King Institute of Preventive Medicine Bacteriolog. Section reports 1907-08
Year: 1907
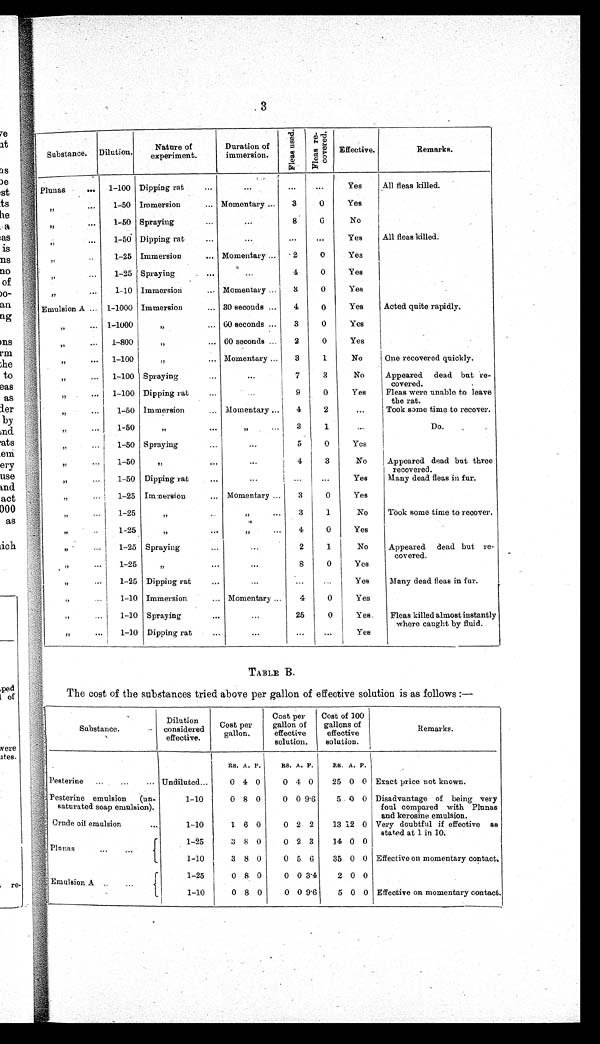
3
Substance. Dilution.
Nature of
exper i ment .
Duration of
immersion.
F l e a e u s e d . F l e a s r e c o v e r e d .
Effective.
Remarks.
Plunas
... 1-100 Dipping rat
...
. . . . . .
...
Yes All fleas killed.
,, ... 1-50 Immersion
... Momentary ... 3
0
Yes
,,
.
.. 1-50 Spraying
...
...
8
6
No
,, ...
1-50 Dipping rat
...
... ...
...
Yes All fleas killed.
,,
..
.
1-25
Immersion
... Momentary ... 2
0
Yes
„
... 1-25 Spraying
...
...
4
0
Yes
,,
... 1-10
Immersion
... Momentary ...
3
0
Yes
Emulsion A ... 1-1000 Immersion
... 30 seconds ... 4
0
Yes Acted quite rapidly.
,, ... 1-1000
,,
... 60 seconds ... 3
0
Yes
,, ... 1-800
,,
... 60 seconds
2
0
Yes
,, ... 1-100
,,
... Momentary ... 3
1
No
One recovered quickly.
,,
...
1-100 Spraying
...
...
7
3
No Appeared dead but re
-covered.
,,
... 1-100 Dipping rat ...
...
9
0
Yes Fleas were unable to leave
the rat.
,,
...
1-50 Immersion
... Momentary ... 4
2
...
Took some time to recover.
,, ... 1-50
,,
...
,,
...
3
1
. . .
Do.
,, ...
1-50 Spraying
...
...
5
0
Yes
,, ...
1-50
,,
...
...
4
3
No Appeared dead but three
recovered.
,, ...
1-50 Dipping rat
...
...
... ...
Yes Many dead fleas in fur.
,,
...
1-25 Immersion
.., Momentary ... 3
0
Yes
,,
... 1-25
,,
...
,,
... 3
1
No Took some time to recover.
,,
.. 1-25
,,
...
,,
... 4
0
Yes
,,
..
1-25 Spraying
...
...
2
1
No Appeared dead but re
-covered.
,,
...
1-25
,,
...
...
8
0
Yes
,,
...
1-25 Dipping rat ...
...
... ...
Yes Many dead fleas in fur.
,,
...
1-10 Immersion
... Momentary ... 4
0
Yes
,,
...
1-10 Spraying
...
...
25
0
Yes. Fleas killed almost instantly
where caught by fluid.
,,
...
1-10 Dipping rat ...
...
... ...
Yes
TABLE B.
The cost of the substances tried above per gallon of effective solution is as follows :—
Substance.
Dilution
considered
effective.
Cost per
gallon.
Cost per
gallon of
effective
solution.
Cost of 100
gallons of
effective
solution.
Remarks.
RS. A. P. RS. A. P. RS. A. P.
Pesterine ... ... ... Undiluted...
0 4 0
0 4 0
2
5
0 0
Exact price not known.
Pesterine emulsion (un
-saturated soap emulsion).
1-10
0 8 0
0 0 9.6
5
0 0
Disadvantage of being very
foul compared with Plunas
and kerosine emulsion.
Crude oil emulsion
1-10
1 6 0
0 2 2
13 12
0
Very doubtful if effective as
stated at 1 in 10.
Plunas
...
1-25
3 8 0
0 2 3
14
0 0
1-10 I3 8 0
0 5
6
3
5
0 0
Effective on momentary contact.
Emulsion A .. ...
1-25 l0 8 0
0 0 3
.4
2
0 0
1-10
0 8 0
0 0 9.6
5
0 0
Effective on momentary contact.